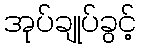
အုပ်ချုပ်ခွင့်